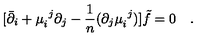
[ \bar { \partial } _ { i } + \mu _ { i } ^ { \ j } \partial _ { j } - { \frac { 1 } { n } } ( \partial _ { j } \mu _ { i } ^ { \ j } ) ] \tilde { f } = 0 \quad .